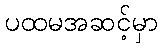
ပထမအဆင့်မှာ